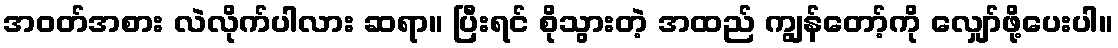
အဝတ်အစား လဲလိုက်ပါလား ဆရာ။ ပြီးရင် စိုသွားတဲ့ အထည် ကျွန်တော့်ကို လျှော်ဖို့ပေးပါ။